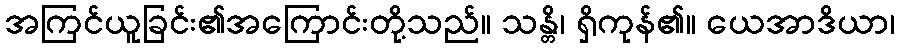
အကြင်ယူခြင်း၏အကြောင်းတို့သည်။ သန္တိ၊ ရှိကုန်၏။ ယေအာဒိယာ၊